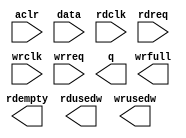
// megafunction wizard: %FIFO%VBB%
// GENERATION: STANDARD
// VERSION: WM1.0
// MODULE: dcfifo 

// ============================================================
// Megafunction Name(s):
// 			dcfifo
//
// Simulation Library Files(s):
// 			altera_mf
// ============================================================
// ************************************************************
// THIS IS A WIZARD-GENERATED FILE. DO NOT EDIT THIS FILE!
//
// 10.1 Build 153 11/29/2010 SJ Full Version
// ************************************************************

//Copyright (C) 1991-2010 Altera Corporation
//Your use of Altera Corporation's design tools, logic functions 
//and other software and tools, and its AMPP partner logic 
//functions, and any output files from any of the foregoing 
//(including device programming or simulation files), and any 
//associated documentation or information are expressly subject 
//to the terms and conditions of the Altera Program License 
//Subscription Agreement, Altera MegaCore Function License 
//Agreement, or other applicable license agreement, including, 
//without limitation, that your use is for the sole purpose of 
//programming logic devices manufactured by Altera and sold by 
//Altera or its authorized distributors.  Please refer to the 
//applicable agreement for further details.

module gsensor_fifo (
	aclr,
	data,
	rdclk,
	rdreq,
	wrclk,
	wrreq,
	q,
	rdempty,
	rdusedw,
	wrfull,
	wrusedw);

	input	  aclr;
	input	[7:0]  data;
	input	  rdclk;
	input	  rdreq;
	input	  wrclk;
	input	  wrreq;
	output	[7:0]  q;
	output	  rdempty;
	output	[3:0]  rdusedw;
	output	  wrfull;
	output	[3:0]  wrusedw;
`ifndef ALTERA_RESERVED_QIS
// synopsys translate_off
`endif
	tri0	  aclr;
`ifndef ALTERA_RESERVED_QIS
// synopsys translate_on
`endif

endmodule

// ============================================================
// CNX file retrieval info
// ============================================================
// Retrieval info: PRIVATE: AlmostEmpty NUMERIC "0"
// Retrieval info: PRIVATE: AlmostEmptyThr NUMERIC "-1"
// Retrieval info: PRIVATE: AlmostFull NUMERIC "0"
// Retrieval info: PRIVATE: AlmostFullThr NUMERIC "-1"
// Retrieval info: PRIVATE: CLOCKS_ARE_SYNCHRONIZED NUMERIC "0"
// Retrieval info: PRIVATE: Clock NUMERIC "4"
// Retrieval info: PRIVATE: Depth NUMERIC "16"
// Retrieval info: PRIVATE: Empty NUMERIC "1"
// Retrieval info: PRIVATE: Full NUMERIC "1"
// Retrieval info: PRIVATE: INTENDED_DEVICE_FAMILY STRING "Cyclone IV E"
// Retrieval info: PRIVATE: LE_BasedFIFO NUMERIC "1"
// Retrieval info: PRIVATE: LegacyRREQ NUMERIC "0"
// Retrieval info: PRIVATE: MAX_DEPTH_BY_9 NUMERIC "0"
// Retrieval info: PRIVATE: OVERFLOW_CHECKING NUMERIC "0"
// Retrieval info: PRIVATE: Optimize NUMERIC "0"
// Retrieval info: PRIVATE: RAM_BLOCK_TYPE NUMERIC "0"
// Retrieval info: PRIVATE: SYNTH_WRAPPER_GEN_POSTFIX STRING "0"
// Retrieval info: PRIVATE: UNDERFLOW_CHECKING NUMERIC "0"
// Retrieval info: PRIVATE: UsedW NUMERIC "1"
// Retrieval info: PRIVATE: Width NUMERIC "8"
// Retrieval info: PRIVATE: dc_aclr NUMERIC "1"
// Retrieval info: PRIVATE: diff_widths NUMERIC "0"
// Retrieval info: PRIVATE: msb_usedw NUMERIC "0"
// Retrieval info: PRIVATE: output_width NUMERIC "8"
// Retrieval info: PRIVATE: rsEmpty NUMERIC "1"
// Retrieval info: PRIVATE: rsFull NUMERIC "0"
// Retrieval info: PRIVATE: rsUsedW NUMERIC "1"
// Retrieval info: PRIVATE: sc_aclr NUMERIC "0"
// Retrieval info: PRIVATE: sc_sclr NUMERIC "0"
// Retrieval info: PRIVATE: wsEmpty NUMERIC "0"
// Retrieval info: PRIVATE: wsFull NUMERIC "1"
// Retrieval info: PRIVATE: wsUsedW NUMERIC "1"
// Retrieval info: LIBRARY: altera_mf altera_mf.altera_mf_components.all
// Retrieval info: CONSTANT: CLOCKS_ARE_SYNCHRONIZED STRING "FALSE"
// Retrieval info: CONSTANT: INTENDED_DEVICE_FAMILY STRING "Cyclone IV E"
// Retrieval info: CONSTANT: LPM_NUMWORDS NUMERIC "16"
// Retrieval info: CONSTANT: LPM_SHOWAHEAD STRING "ON"
// Retrieval info: CONSTANT: LPM_TYPE STRING "dcfifo"
// Retrieval info: CONSTANT: LPM_WIDTH NUMERIC "8"
// Retrieval info: CONSTANT: LPM_WIDTHU NUMERIC "4"
// Retrieval info: CONSTANT: OVERFLOW_CHECKING STRING "ON"
// Retrieval info: CONSTANT: UNDERFLOW_CHECKING STRING "ON"
// Retrieval info: CONSTANT: USE_EAB STRING "OFF"
// Retrieval info: CONSTANT: WRITE_ACLR_SYNCH STRING "OFF"
// Retrieval info: USED_PORT: aclr 0 0 0 0 INPUT GND "aclr"
// Retrieval info: USED_PORT: data 0 0 8 0 INPUT NODEFVAL "data[7..0]"
// Retrieval info: USED_PORT: q 0 0 8 0 OUTPUT NODEFVAL "q[7..0]"
// Retrieval info: USED_PORT: rdclk 0 0 0 0 INPUT NODEFVAL "rdclk"
// Retrieval info: USED_PORT: rdempty 0 0 0 0 OUTPUT NODEFVAL "rdempty"
// Retrieval info: USED_PORT: rdreq 0 0 0 0 INPUT NODEFVAL "rdreq"
// Retrieval info: USED_PORT: rdusedw 0 0 4 0 OUTPUT NODEFVAL "rdusedw[3..0]"
// Retrieval info: USED_PORT: wrclk 0 0 0 0 INPUT NODEFVAL "wrclk"
// Retrieval info: USED_PORT: wrfull 0 0 0 0 OUTPUT NODEFVAL "wrfull"
// Retrieval info: USED_PORT: wrreq 0 0 0 0 INPUT NODEFVAL "wrreq"
// Retrieval info: USED_PORT: wrusedw 0 0 4 0 OUTPUT NODEFVAL "wrusedw[3..0]"
// Retrieval info: CONNECT: @aclr 0 0 0 0 aclr 0 0 0 0
// Retrieval info: CONNECT: @data 0 0 8 0 data 0 0 8 0
// Retrieval info: CONNECT: @rdclk 0 0 0 0 rdclk 0 0 0 0
// Retrieval info: CONNECT: @rdreq 0 0 0 0 rdreq 0 0 0 0
// Retrieval info: CONNECT: @wrclk 0 0 0 0 wrclk 0 0 0 0
// Retrieval info: CONNECT: @wrreq 0 0 0 0 wrreq 0 0 0 0
// Retrieval info: CONNECT: q 0 0 8 0 @q 0 0 8 0
// Retrieval info: CONNECT: rdempty 0 0 0 0 @rdempty 0 0 0 0
// Retrieval info: CONNECT: rdusedw 0 0 4 0 @rdusedw 0 0 4 0
// Retrieval info: CONNECT: wrfull 0 0 0 0 @wrfull 0 0 0 0
// Retrieval info: CONNECT: wrusedw 0 0 4 0 @wrusedw 0 0 4 0
// Retrieval info: GEN_FILE: TYPE_NORMAL gsensor_fifo.v TRUE
// Retrieval info: GEN_FILE: TYPE_NORMAL gsensor_fifo.inc FALSE
// Retrieval info: GEN_FILE: TYPE_NORMAL gsensor_fifo.cmp FALSE
// Retrieval info: GEN_FILE: TYPE_NORMAL gsensor_fifo.bsf FALSE
// Retrieval info: GEN_FILE: TYPE_NORMAL gsensor_fifo_inst.v FALSE
// Retrieval info: GEN_FILE: TYPE_NORMAL gsensor_fifo_bb.v TRUE
// Retrieval info: LIB_FILE: altera_mf